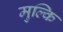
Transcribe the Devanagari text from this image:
मुल्कि